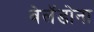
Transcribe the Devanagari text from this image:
बेलॅडोना